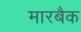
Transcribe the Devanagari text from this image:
मारबैक